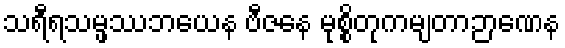
သရီရသမ္ဖဿဘယေန ဗီဇနေ မုစ္စိတုကမျတာဉာဏေန